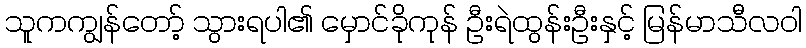
သူကကျွန်တော့် သွားရပါ၏ မှောင်ခိုကုန် ဦးရဲထွန်းဦးနှင့် မြန်မာသီလဝါ